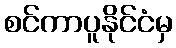
စင်ကာပူနိုင်ငံမှ